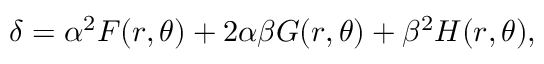
\delta = \alpha ^ { 2 } F ( r , \theta ) + 2 \alpha \beta G ( r , \theta ) + \beta ^ { 2 } H ( r , \theta ) ,